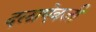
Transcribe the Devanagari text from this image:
दलाऐवजी